Indian journal of veterinary science and animal husbandry - Volume 11,
Year: 1941
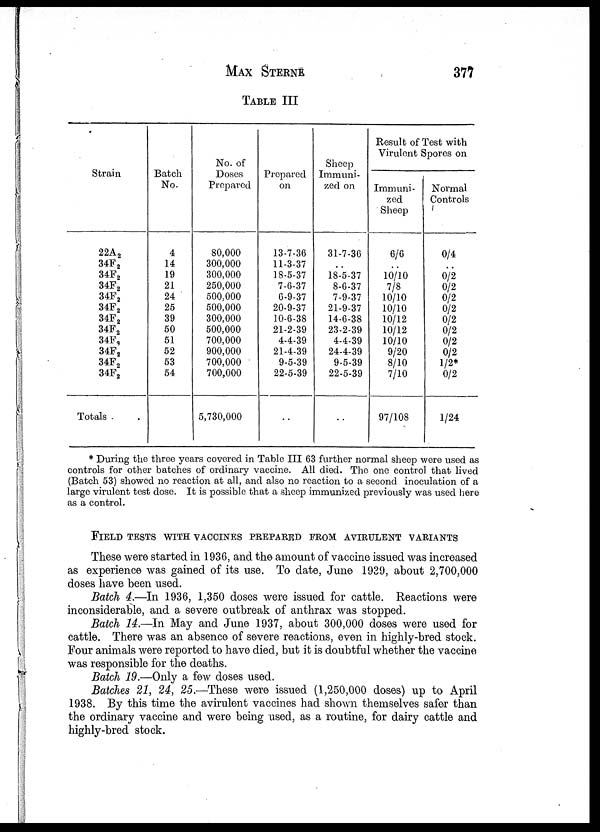
MAX STERNE 377
TABLE III
Strain
22A 2
34F 2
34F 2
34F 2
34F 2
34F 2
34F 2
34F 2
34F 2
34F 2
34F 2
34F 2
Totals .
Batch
No.
4
14
19
21
24
25
39
50
51
52
53
54
No. of
Doses
Prepared
80,000
300,000
300,000
250,000
500,000
500,000
300,000
500,000
700,000
900,000
700,000
700,000
5,730,000
Prepared
on
13-7-36
11-3-37
18-5-37
7-6-37
6-9-37
20-9-37
10-6-38
21-2-39
4-4-39
21-4-39
9-5-39
22-5-39
..
Sheep
Immuni-
zed on
31-7-36
..
18-5-37
8-6-37
7-9-37
21-9-37
14-6-38
23-2-39
4-4-39
24-4-39
9-5-39
22-5-39
..
Result of Test with
Virulent Spores on
Immuni
zed
Sheep
6/6
..
10/10
7/8
10/10
10/10
10/12
10/12
10/10
9/20
8/10
7/10
97/108
Normal
Controls
0/4
..
0/2
0/2
0/2
0/2
0/2
0/2
0/2
0/2
1/2*
0/2
1/24
* During the three years covered in Table III 63 further normal sheep were used as
controls for other batches of ordinary vaccine. All died. The one control that lived
(Batch 53) showed no reaction at all, and also no reaction to a second inoculation of a
large virulent test dose. It is possible that a sheep immunized previously was used here
as a control.
FIELD TESTS WITH VACCINES PREPARED FROM AVIRULENT VARIANTS
These were started in 1936, and the amount of vaccine issued was increased
as experience was gained of its use. To date, June 1939, about 2,700,000
doses have been used.
Batch 4.—In 1936, 1,350 doses were issued for cattle. Reactions were
inconsiderable, and a severe outbreak of anthrax was stopped.
Batch 14.—In May and June 1937, about 300,000 doses were used for
cattle. There was an absence of severe reactions, even in highly-bred stock.
Four animals were reported to have died, but it is doubtful whether the vaccine
was responsible for the deaths.
Batch 19.—Only a few doses used.
Batches 21, 24, 25.—These were issued (1,250,000 doses) up to April
1938. By this time the avirulent vaccines had shown themselves safer than
the ordinary vaccine and were being used, as a routine, for dairy cattle and
highly-bred stock.